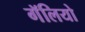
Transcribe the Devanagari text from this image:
गॅलियो